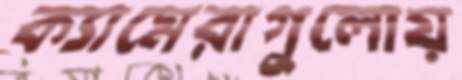
ক্যামেরাগুলোয়